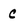
Character: C